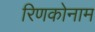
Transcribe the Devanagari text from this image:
रिणकोनाम